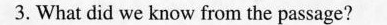
3. What did we know from the passage?